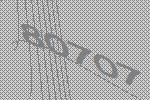
80707